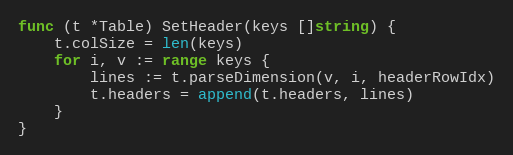
Language: Go
func (t *Table) SetHeader(keys []string) {
	t.colSize = len(keys)
	for i, v := range keys {
		lines := t.parseDimension(v, i, headerRowIdx)
		t.headers = append(t.headers, lines)
	}
}